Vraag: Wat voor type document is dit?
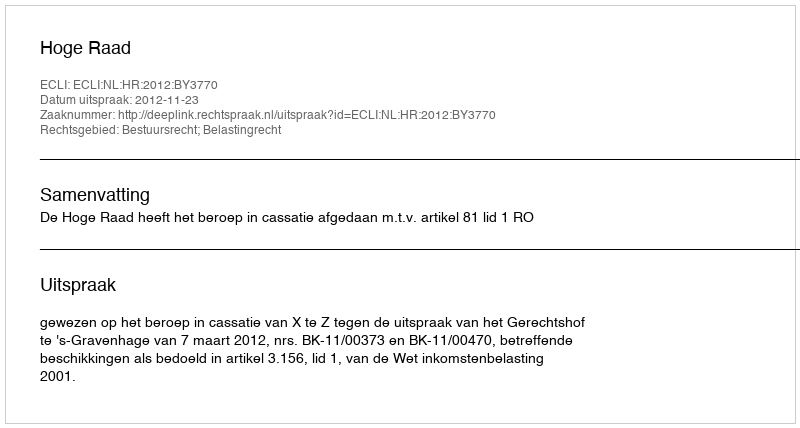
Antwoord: Uitspraak